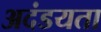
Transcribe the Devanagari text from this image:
अदंडयता